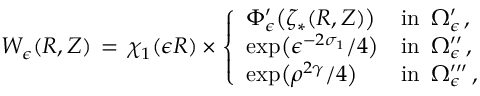
W _ { \epsilon } ( R , Z ) \, = \, \chi _ { 1 } ( \epsilon R ) \times \left\{ \begin{array} { l l } { \Phi _ { \epsilon } ^ { \prime } \bigl ( \zeta _ { * } ( R , Z ) \bigr ) } & { \mathrm { i n } ~ \, \Omega _ { \epsilon } ^ { \prime } \, , } \\ { \exp \bigl ( \epsilon ^ { - 2 \sigma _ { 1 } } / 4 \bigr ) } & { \mathrm { i n } ~ \, \Omega _ { \epsilon } ^ { \prime \prime } \, , } \\ { \exp \bigl ( \rho ^ { 2 \gamma } / 4 \bigr ) } & { \mathrm { i n } ~ \, \Omega _ { \epsilon } ^ { \prime \prime \prime } \, , } \end{array} \right.